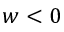
w < 0